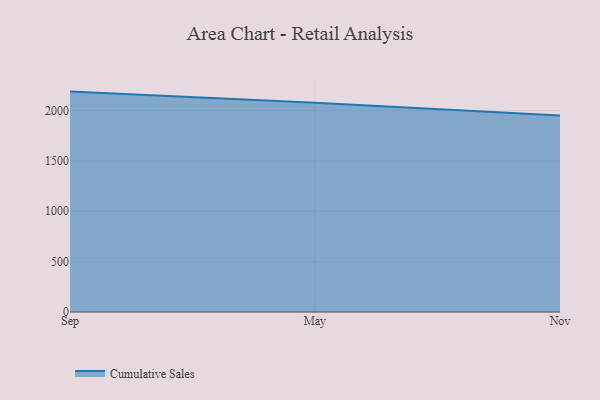
{"axis": {"x": "Month", "y": "Tickets Resolved"}, "legend": ["Cumulative Sales"], "data": [{"x": "Sep", "y": 2188.1, "type": "Cumulative Sales"}, {"x": "May", "y": 2077.7, "type": "Cumulative Sales"}, {"x": "Nov", "y": 1950.8, "type": "Cumulative Sales"}]}